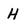
Character: H